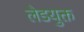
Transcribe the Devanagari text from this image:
लेडयुक्त